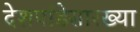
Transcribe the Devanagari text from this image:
देशपांडेसारख्या